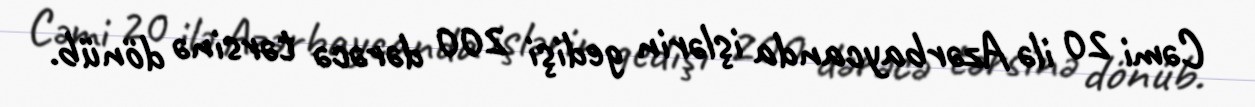
Cəmi 20 ilə Azərbaycanda işlərin gedişi 200 dərəcə tərsinə dönüb.